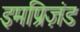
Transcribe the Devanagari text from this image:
इमप्रिज़ंड